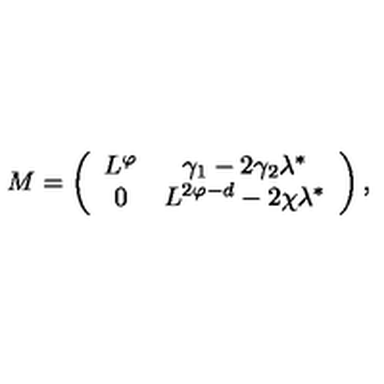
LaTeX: M = \left( \begin{array} { c c } { L ^ { \varphi } } & { \gamma _ { 1 } - 2 \gamma _ { 2 } \lambda ^ { * } } \\ { 0 } & { L ^ { 2 \varphi - d } - 2 \chi \lambda ^ { * } } \\ \end{array} \right) ,